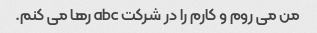
من می روم و کارم را در شرکت abc رها می کنم.